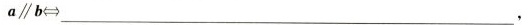
a\parallelb\Longleftrightarrow ____________,